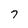
Character: 7